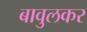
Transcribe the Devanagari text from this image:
बावुलकर